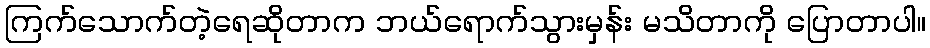
ကြက်သောက်တဲ့ရေဆိုတာက ဘယ်ရောက်သွားမှန်း မသိတာကို ပြောတာပါ။